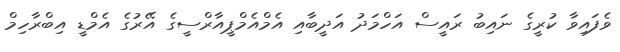
ވެފައިވާ ކުރީގެ ނައިބު ރައީސް އަހްމަދު އަދީބާއި އެމްއެމްޕީއާރްސީގެ އޭރުގެ އެމްޑީ އިބްރާހިމް